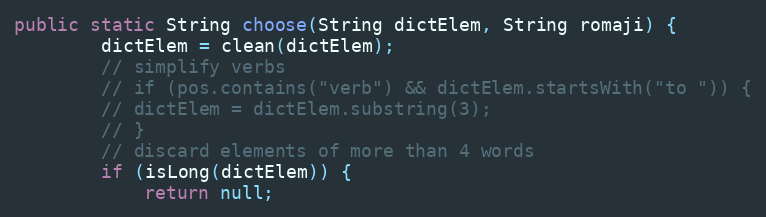
Language: Java
public static String choose(String dictElem, String romaji) {
		dictElem = clean(dictElem);
		// simplify verbs
		// if (pos.contains("verb") && dictElem.startsWith("to ")) {
		// dictElem = dictElem.substring(3);
		// }
		// discard elements of more than 4 words
		if (isLong(dictElem)) {
			return null;